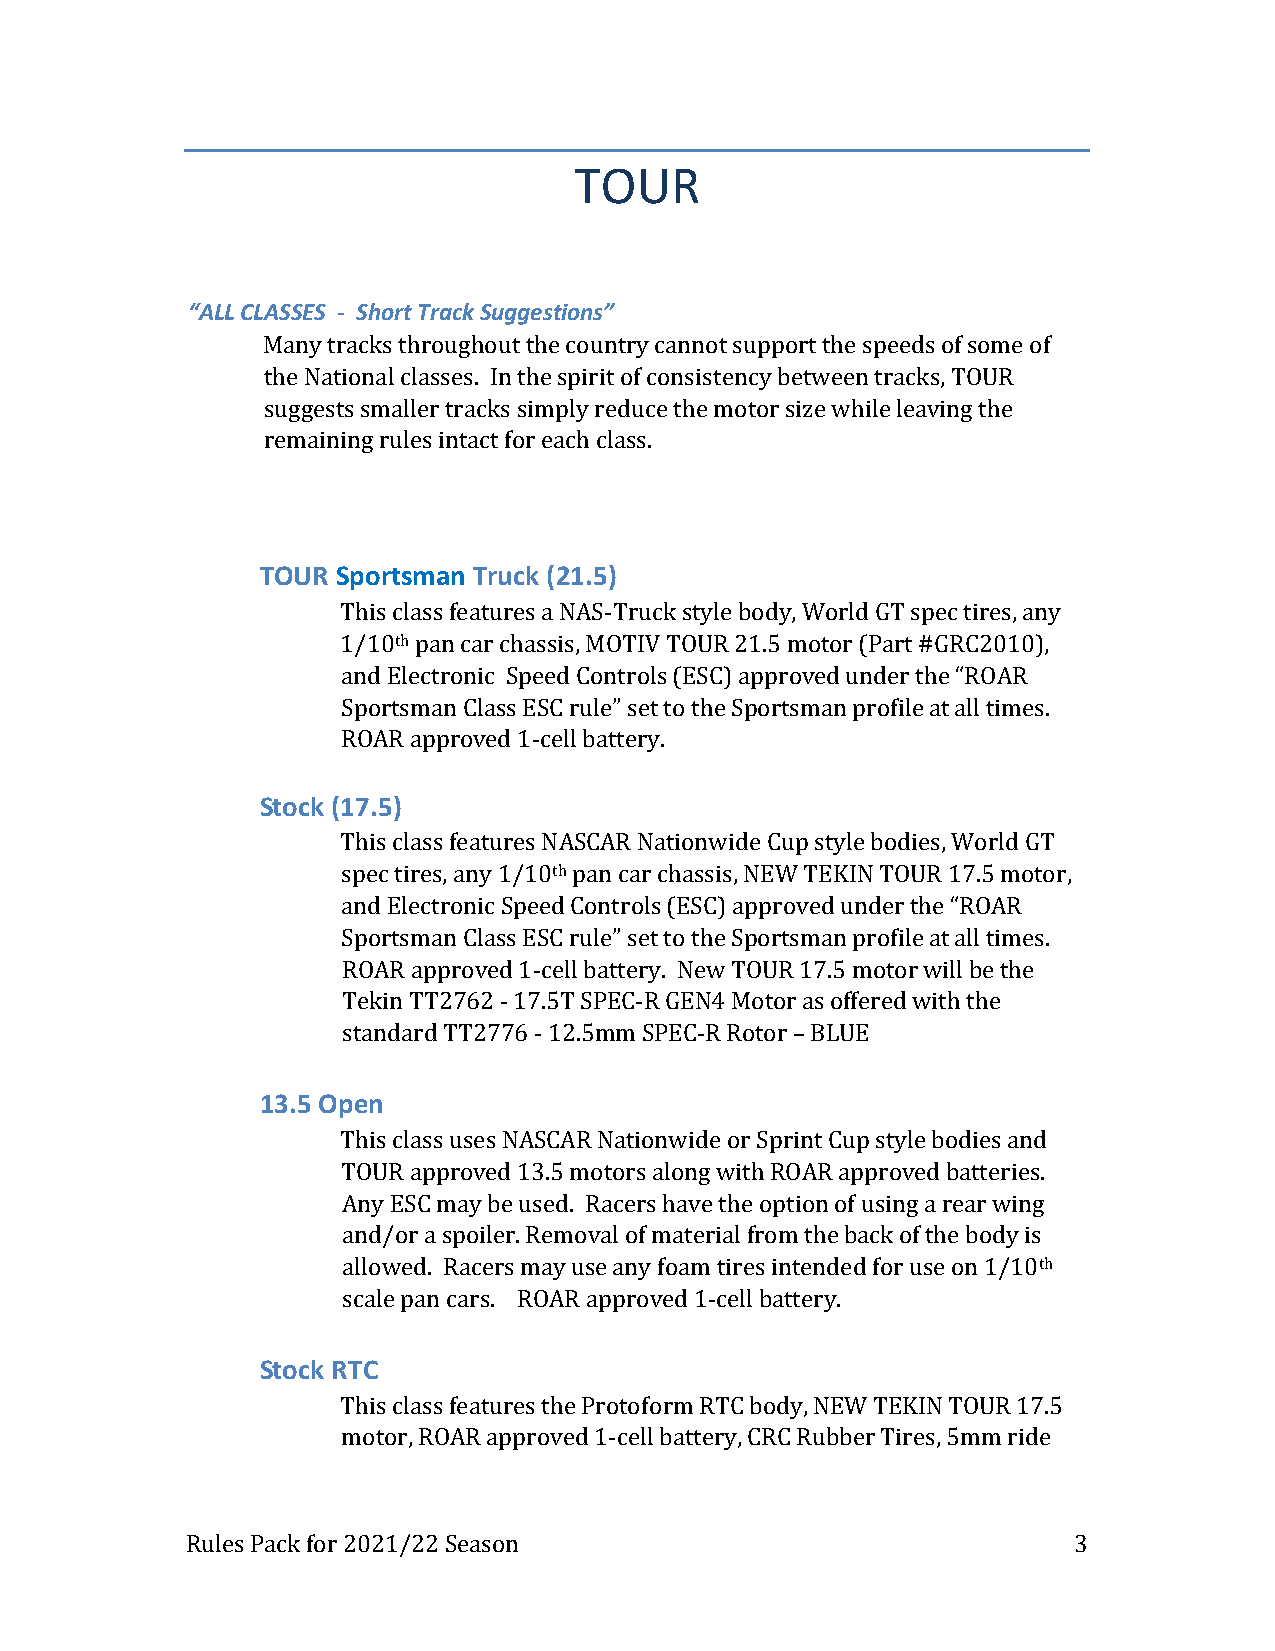
TOUR
 “ALL CLASSES - Short Track Suggestions”
 Many tracks throughout the country cannot support the speeds of some of
 the National classes. In the spirit of consistency between tracks, TOUR
 suggests smaller tracks simply reduce the motor size while leaving the
 remaining rules intact for each class.
 TOUR Sportsman Truck (21.5)
 This class features a NAS-Truck style body, World GT spec tires, any
 1/10th pan car chassis, MOTIV TOUR 21.5 motor (Part #GRC2010),
 and Electronic Speed Controls (ESC) approved under the “ROAR
 Sportsman Class ESC rule” set to the Sportsman profile at all times.
 ROAR approved 1-cell battery.
 Stock (17.5)
 This class features NASCAR Nationwide Cup style bodies, World GT
 spec tires, any 1/10th pan car chassis, NEW TEKIN TOUR 17.5 motor,
 and Electronic Speed Controls (ESC) approved under the “ROAR
 Sportsman Class ESC rule” set to the Sportsman profile at all times.
 ROAR approved 1-cell battery. New TOUR 17.5 motor will be the
 Tekin TT2762 - 17.5T SPEC-R GEN4 Motor as offered with the
 standard TT2776 - 12.5mm SPEC-R Rotor – BLUE
 13.5 Open
 This class uses NASCAR Nationwide or Sprint Cup style bodies and
 TOUR approved 13.5 motors along with ROAR approved batteries.
 Any ESC may be used. Racers have the option of using a rear wing
 and/or a spoiler. Removal of material from the back of the body is
 allowed. Racers may use any foam tires intended for use on 1/10th
 scale pan cars. ROAR approved 1-cell battery.
 Stock RTC
 This class features the Protoform RTC body, NEW TEKIN TOUR 17.5
 motor, ROAR approved 1-cell battery, CRC Rubber Tires, 5mm ride
 Rules Pack for 2021/22 Season                              3